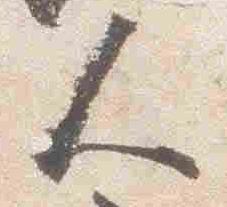
人